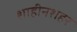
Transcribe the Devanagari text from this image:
शाहीनशहर